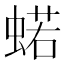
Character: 𧍗